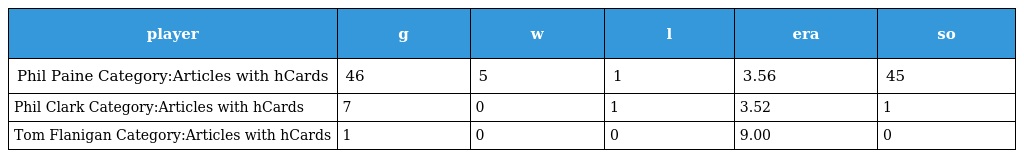
| player | g | w | l | era | so |
 | --- | --- | --- | --- | --- | --- |
 | Phil Paine Category:Articles with hCards | 46 | 5 | 1 | 3.56 | 45 |
 | Phil Clark Category:Articles with hCards | 7 | 0 | 1 | 3.52 | 1 |
 | Tom Flanigan Category:Articles with hCards | 1 | 0 | 0 | 9.00 | 0 |